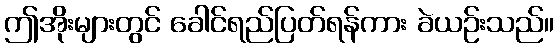
ဤအိုးများတွင် ခေါင်ရည်ပြတ်ရန်ကား ခဲယဉ်းသည်။